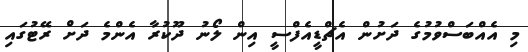
މި އެއްބަސްވުމުގެ ދަށުން އެޗްޑީއެފްސީ އިން ލޯނު ދޫކުރާ އެންމެ ދަށް ރޭޓުގައި